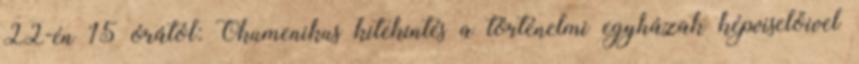
22-én 15 órától: Ökumenikus kitekintés a történelmi egyházak képviselőivel